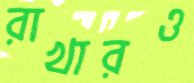
রাখারও